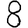
Digit: 8